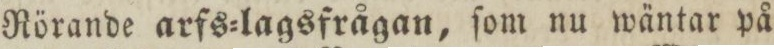
Rörande arfs=lagsfrågan, ſom nu wäntar på